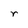
Character: r